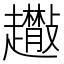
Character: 𧾬